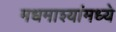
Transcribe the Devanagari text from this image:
मधमाश्यांमध्ये